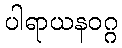
ပါရာယနဝဂ္ဂ